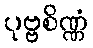
ပုဗ္ဗစိဏ္ဏံ